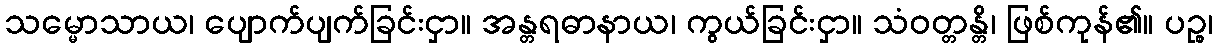
သမ္မောသာယ၊ ပျောက်ပျက်ခြင်းငှာ။ အန္တရဓာနာယ၊ ကွယ်ခြင်းငှာ။ သံဝတ္တန္တိ၊ ဖြစ်ကုန်၏။ ပဉ္စ၊